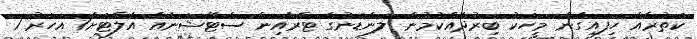
ކަތުރެއް ހިފައިގެން މީހަކު ބިރުދެއްކުމުން ލަންޑަނުގެ ޓްރެއިން ސްޓޭޝަނެއް އެލާޓަށް1 އަހަރު 1